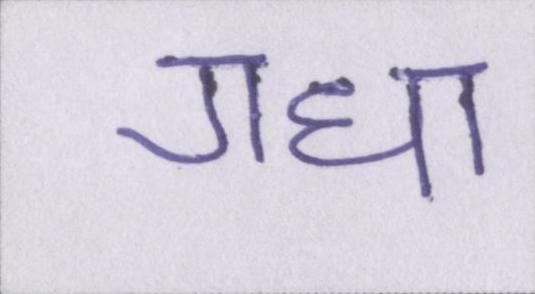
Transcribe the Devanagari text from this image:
गधा